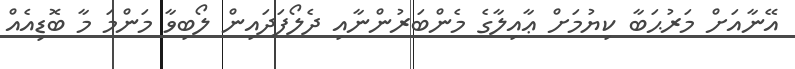
އޭނާއަށް މަރުޙަބާ ކިޔުމަށް ޢާއިލާގެ މެންބަރުންނާއި ދެލޯފަދައިން ލޯބިވާ މަންމަ މާ ބޮޑިއެއް